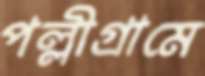
পল্লীগ্রামে